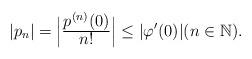
LaTeX: \begin{align*}|p_n| = \Big|\tfrac{\displaystyle p^{(n)}(0)}{\displaystyle n!}\Big|\leq|\varphi'(0)| (n\in\mathbb{N}).\end{align*}